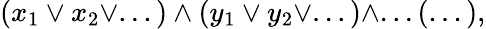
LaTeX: (x_{1}\lor x_{2}\lor...)\wedge(y_{1}\lor y_{2}\lor...)\wedge...(...),